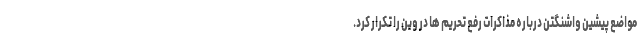
مواضع پیشین واشنگتن درباره مذاکرات رفع تحریم ها در وین را تکرار کرد.